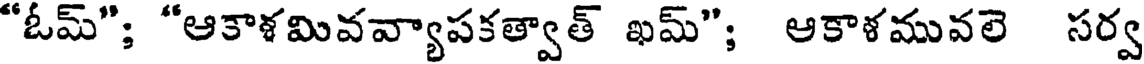
"ఓమ్"; "ఆకాళమివవ్యాపకత్వాత్ ఖమ్"; ఆకాళమువలె సర్వ